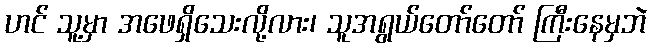
ဟင် သူ့မှာ အဖေရှိသေးလို့လား၊ သူအရွယ်တော်တော် ကြီးနေမှဘဲ